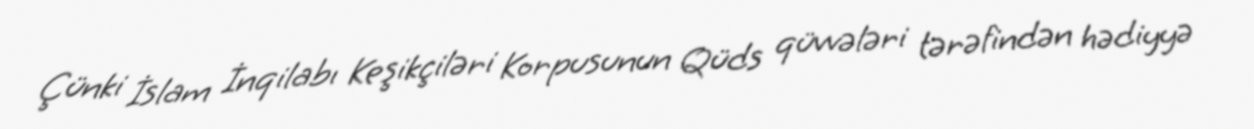
Çünki İslam İnqilabı Keşikçiləri Korpusunun Qüds qüvvələri tərəfindən hədiyyə